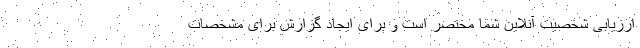
ارزیابی شخصیت آنلاین شما مختصر است و برای ایجاد گزارش برای مشخصات